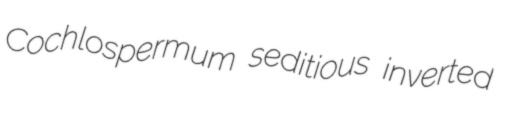
Cochlospermum seditious inverted